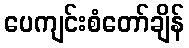
ပေကျင်းစံတော်ချိန်